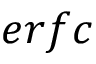
e r f c